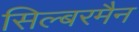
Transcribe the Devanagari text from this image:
सिल्बरमैन